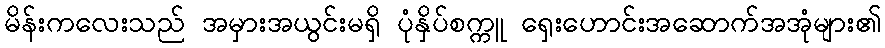
မိန်းကလေးသည် အမှားအယွင်းမရှိ ပုံနှိပ်စက္ကူ ရှေးဟောင်းအဆောက်အအုံများ၏